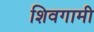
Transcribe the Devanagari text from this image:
शिवगामी